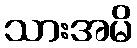
သားအမိ